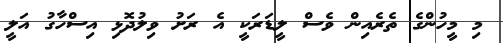
މި މީހުންގެ ތެރެއިން ވެސް ލީޑަރަކީ އެ ރަށު ވިލުދޮޅި އިސްހާގު އަލީ